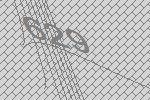
629